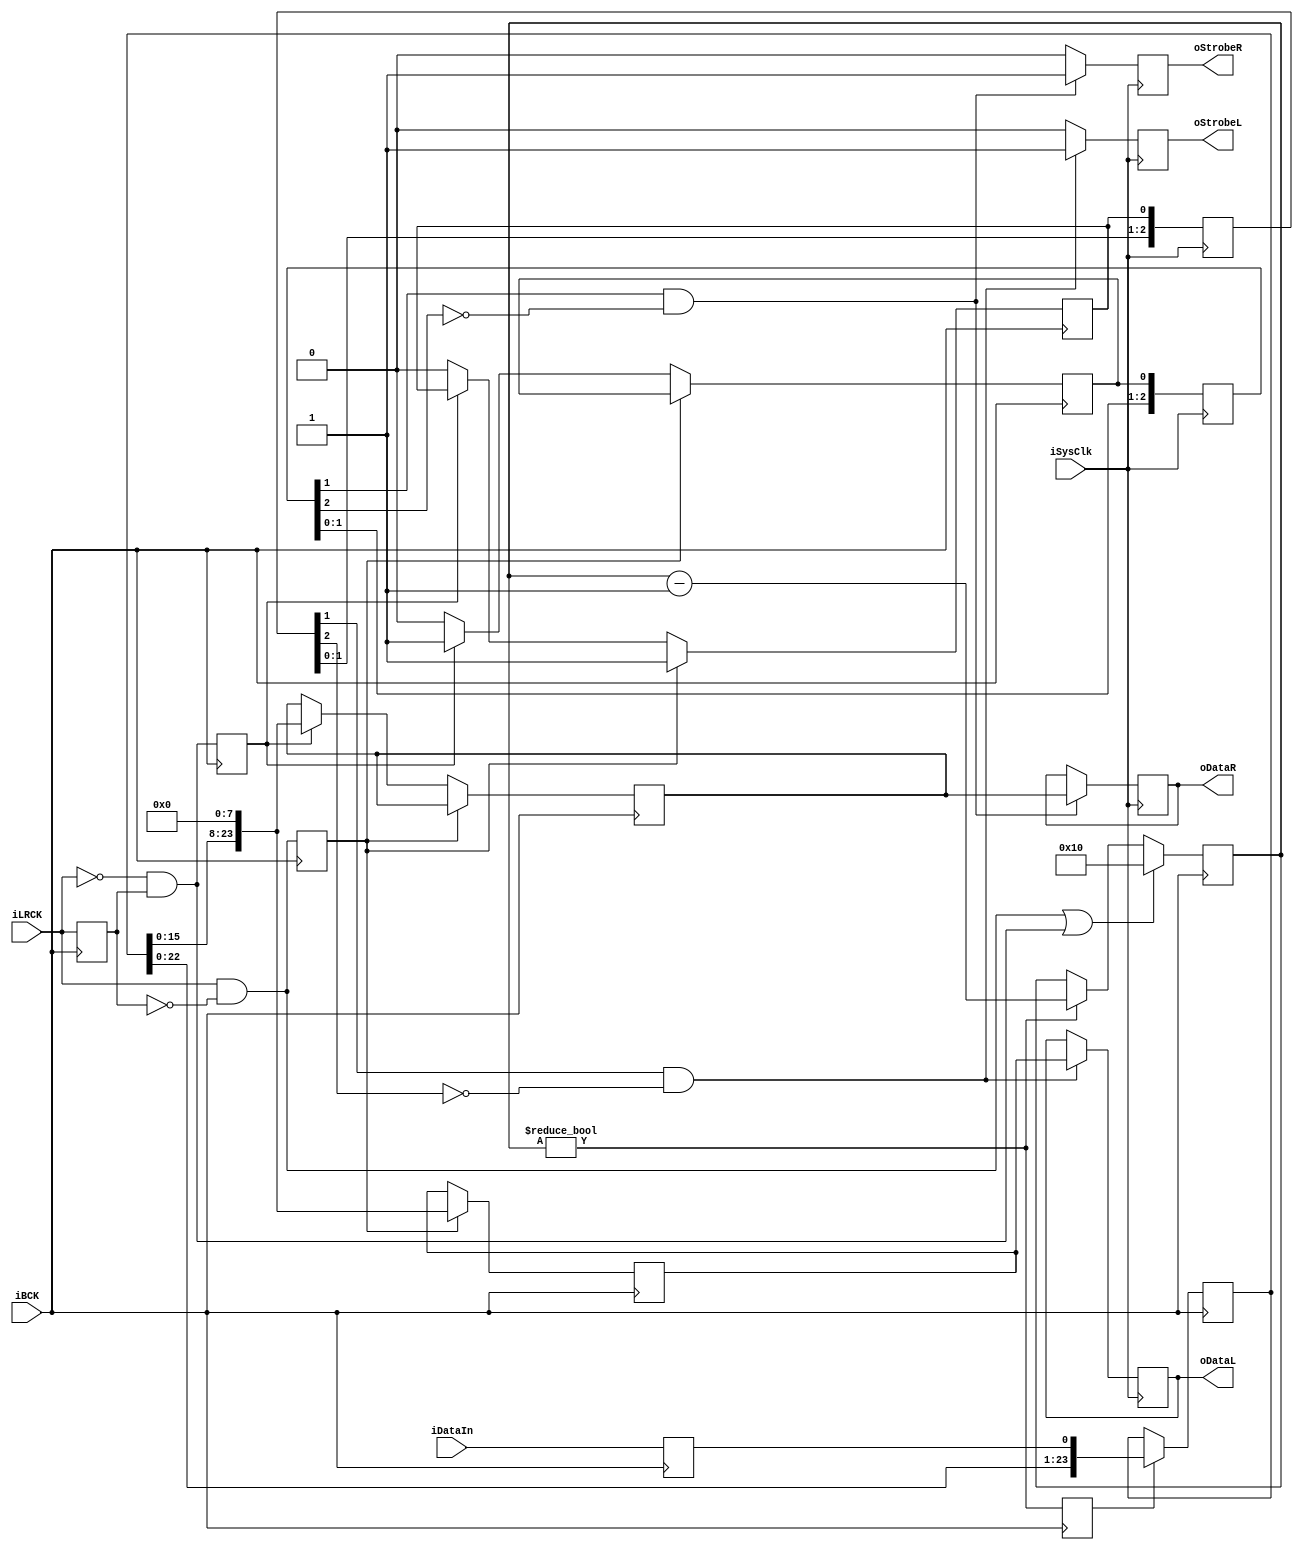
//1624
//
module I2S_1(
output	reg			oStrobeL, oStrobeR,
output	reg	[23:0]	oDataL, oDataR,
input				iBCK,
input				iSysClk,
input				iDataIn,
input				iLRCK
);

reg				DataCapture;
reg				rdatain;
reg		[23:0]	Capture;
reg				StrobeL, StrobeR;
reg		[2:0]	StrobeDelayL, StrobeDelayR;
reg		[23:0]	DataL, DataR;
reg				LRCKPrev;
reg		[4:0]	bitcounter;
reg				triggerleft, triggerright;

wire			LRCKRise, LRCKFall;
wire	[23:0]	DataMux;

assign LRCKRise = iLRCK & !LRCKPrev; //iLRCK
assign LRCKFall = !iLRCK & LRCKPrev; //iLRCK

assign DataMux = {Capture[15:0], 8'b0};

always @(posedge iBCK) begin
	DataCapture <= (bitcounter != 0); //1
	triggerleft <= LRCKRise; //
	triggerright <= LRCKFall; //
	rdatain <= iDataIn;
	LRCKPrev <= iLRCK; //iLRCK
	
	//
	if (DataCapture)
		Capture[23:0] <= {Capture[22:0], rdatain};
	
	//
	if (LRCKRise || LRCKFall)
		bitcounter <= 16;
	else if (bitcounter != 0)
		bitcounter <= bitcounter - 1;
	
	//
	if (triggerleft) begin
		DataL[23:0] <= DataMux;
		StrobeL <= 1;
	end
	else if (triggerright) begin
		DataR[23:0] <= DataMux;
		StrobeR <= 1;
	end
	else begin
		StrobeL <= 0;
		StrobeR <= 0;
	end
end

always @(posedge iSysClk) begin
	StrobeDelayL <= {StrobeDelayL[1:0], StrobeL};
	StrobeDelayR <= {StrobeDelayR[1:0], StrobeR};
	
	if (StrobeDelayL[1] & !StrobeDelayL[2]) begin
		oDataL <= DataL;
		oStrobeL <= 1;
	end
	else
		oStrobeL <= 0;
	if (StrobeDelayR[1] & !StrobeDelayR[2]) begin
		oDataR <= DataR;
		oStrobeR <= 1;
	end
	else
		oStrobeR <= 0;
end

endmodule